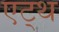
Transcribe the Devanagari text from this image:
एट्थ